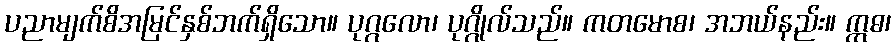
ပညာမျက်စိအမြင်နှစ်ဘက်ရှိသော။ ပုဂ္ဂလော၊ ပုဂ္ဂိုလ်သည်။ ကတမောစ၊ အဘယ်နည်း။ ဣဓ၊